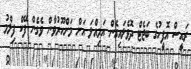
ރައީސް އޮފީހުގެ ބަޖެޓް ދޮވެލައިގެން އަމިއްލަ އަށް މަށްހޫރުވާން ވެގެން ފޭކް ފިލްމު